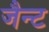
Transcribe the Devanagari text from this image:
जैन्ट